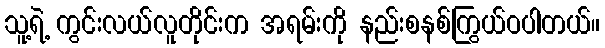
သူ့ရဲ့ ကွင်းလယ်လူတိုင်းက အရမ်းကို နည်းစနစ်ကြွယ်ဝပါတယ်။